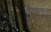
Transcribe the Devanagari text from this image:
फणफणली